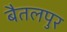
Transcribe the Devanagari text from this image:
बैतलपुर